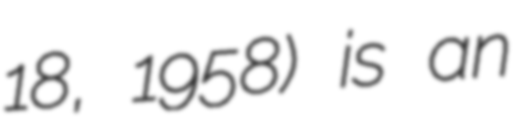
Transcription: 18, 1958) is an